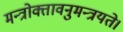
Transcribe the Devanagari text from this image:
मन्त्रोक्तावनुमन्त्रयते।